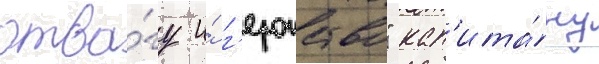
отва́гу и́ г'ероиство" кап'ита́ну